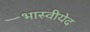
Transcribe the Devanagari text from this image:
भास्वीयेद